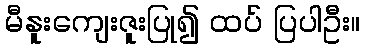
မီနူးကျေးဇူးပြု၍ ထပ် ပြပါဦး။